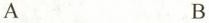
A B